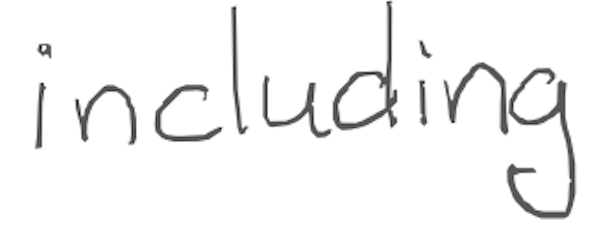
Text: including
Cross-out: clean
Writing tool: digital_gray